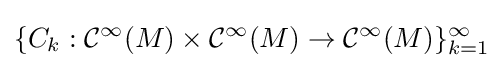
\{C_{k}:{\mathcal {C}}^{\infty }(M)\times {\mathcal {C}}^{\infty }(M)\to {\mathcal {C}}^{\infty }(M)\}_{k=1}^{\infty }